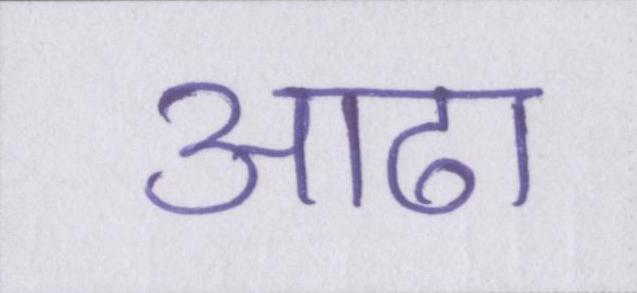
आढा